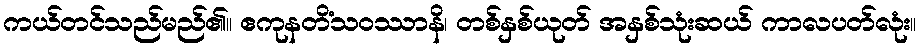
ကယ်တင်သည်မည်၏။ ဧကုနတိံသဝဿာနိ၊ တစ်နှစ်ယုတ် အနှစ်သုံးဆယ် ကာလပတ်လုံး။